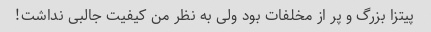
پیتزا بزرگ و پر از مخلفات بود ولی به نظر من کیفیت جالبی نداشت!